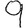
Digit: 9